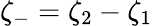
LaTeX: \zeta_{-}=\zeta_{2}-\zeta_{1}